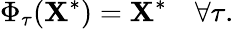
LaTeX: \Phi_{\tau}(\mathbf{X}^{*})=\mathbf{X}^{*}\quad\forall\tau.